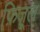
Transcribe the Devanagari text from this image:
फ़िज़ूल